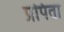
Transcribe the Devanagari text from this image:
प्रपिता